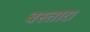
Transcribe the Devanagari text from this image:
बस्तारा